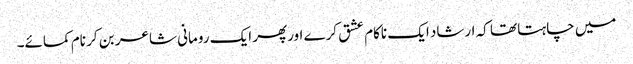
میں چاہتا تھا کہ ارشاد ایک ناکام عشق کرے اورپھر ایک رومانی شاعر بن کر نام کمائے۔